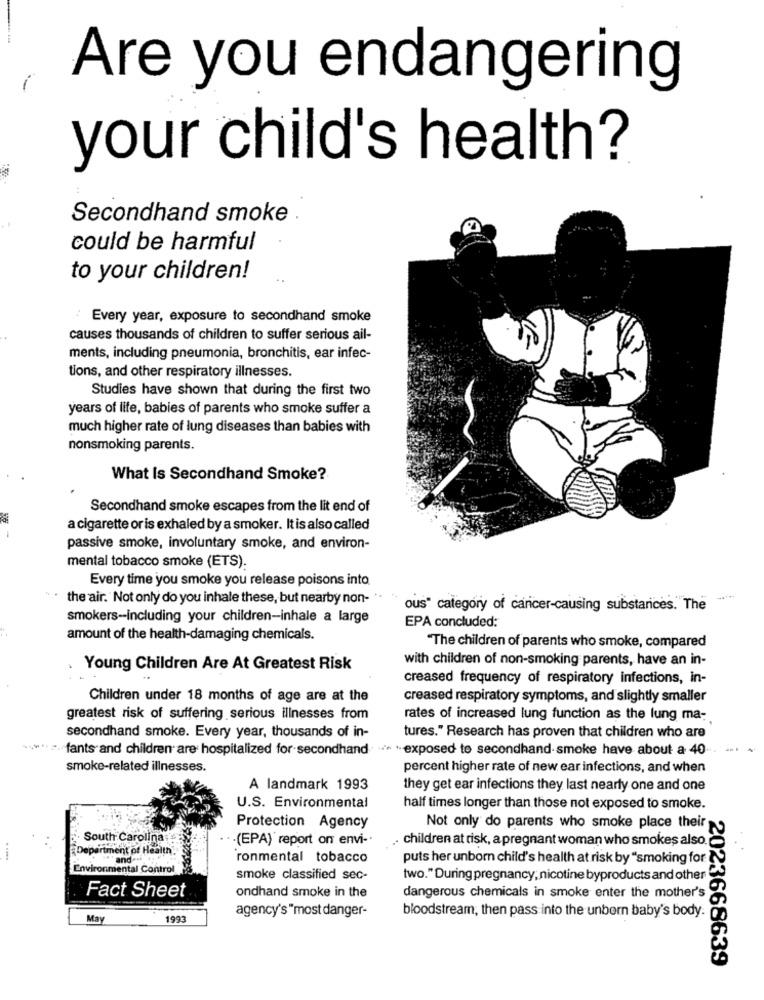
Are you endangering
your child's health?
Secondhand smoke .
could be harmful
to your children!
Every year, exposure to secondhand smoke
causes thousands of children to suffer serious ail-
ments, including pneumonia, bronchitis, ear infec-
tions, and other respiratory illnesses.
Studies have shown that during the first two
years of life, babies of parents who smoke suffer a
much higher rate of lung diseases than babies with
nonsmoking parents.
What Is Secondhand Smoke?
Secondhand smoke escapes from the lit end of
a cigarette or is exhaled by a smoker. It is also called
passive smoke, involuntary smoke, and environ-
mental tobacco smoke (ETS).
Every time you smoke you release poisons into
the air. Not only do you inhale these, but nearby non- ". ".
-**
ous" category of cancer-causing substances. The
smokers -- including your children-inhale a large
EPA concluded:
amount of the health-damaging chemicals.
"The children of parents who smoke, compared
with children of non-smoking parents, have an in-
Young Children Are At Greatest Risk
creased frequency of respiratory infections, in-
Children under 18 months of age are at the
creased respiratory symptoms, and slightly smaller
greatest risk of suffering serious illnesses from
rates of increased lung function as the lung ma-
secondhand smoke. Every year, thousands of in-
tures." Research has proven that children who are
fants and children are hospitalized for secondhand>> exposed to secondhand smoke have about a 40
smoke-related illnesses.
percent higher rate of new ear infections, and when
A landmark 1993
they get ear infections they last nearly one and one
U.S. Environmental
half times longer than those not exposed to smoke.
Protection Agency
Not only do parents who smoke place their
. South Carolina :
· · (EPA)' report on envi-
children at risk, a pregnant woman who smokes also.
Department of Health
andost
ronmental tobacco
puts her unborn child's health at risk by "smoking for
Environmental Control
smoke classified sec-
two." During pregnancy; nicotine byproducts and other
ondhand smoke in the
dangerous chemicals in smoke enter the mother's
Fact Sheet
agency's "most danger-
bloodstream, then pass into the unborn baby's body.
May
1993
2023668639